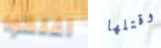
أغلقوا وقتلها